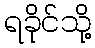
ရခိုင်သို့